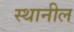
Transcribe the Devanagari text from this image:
स्थानील